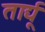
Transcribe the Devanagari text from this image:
तार्द्यू